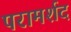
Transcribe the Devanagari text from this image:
परामर्शद